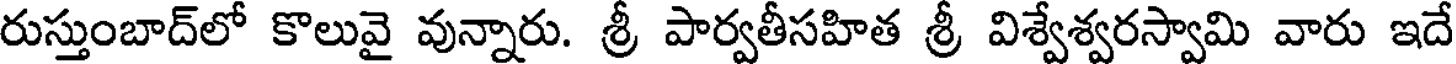
రుస్తుంబాద్లో కొలువై వున్నారు. శ్రీ పార్వతీసహిత శ్రీ విశ్వేశ్వరస్వామి వారు ఇదే